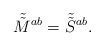
\begin{align*}\tilde{\tilde{M}}{ }^{ab} = \tilde{\tilde{S}}{ }^{ab}.\end{align*}